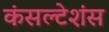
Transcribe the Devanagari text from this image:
कंसल्टेशंस